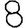
Digit: 8